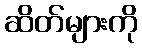
ဆိတ်များကို